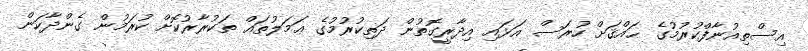
އިސްތިއުނާފްކުރުމުގެ ޙައްޤަށް ހުރަސް އަޅައި އިދާރީގޮތުން ދަތިކުރުމުގެ ޢަމަލުތައް ތަކުރާރުކޮށް ކުރަމުން ގެންދާކަން